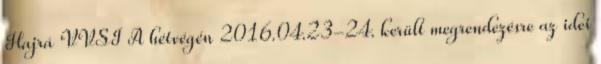
Hajrá VVSI A hétvégén 2016.04.23-24. került megrendezésre az idei